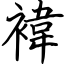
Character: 褘